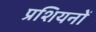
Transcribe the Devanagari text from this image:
प्रशियनों